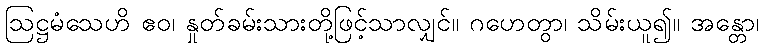
ဩဋ္ဌမံသေဟိ ဧဝ၊ နှုတ်ခမ်းသားတို့ဖြင့်သာလျှင်။ ဂဟေတွာ၊ သိမ်းယူ၍။ အန္တော၊